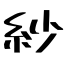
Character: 紗